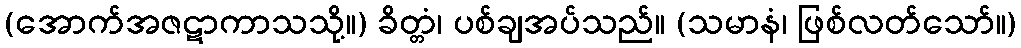
(အောက်အဇဋာကာသသို့။) ခိတ္တံ၊ ပစ်ချအပ်သည်။ (သမာနံ၊ ဖြစ်လတ်သော်။)